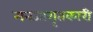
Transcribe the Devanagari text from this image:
मनजागृतकारी